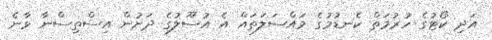
އަދި ކޯޓުގެ ހުރުމަތް ކެނޑުމުގެ މައްސަލަތައް އެ އުސޫލުގެ ދަށުން އިސްތިސްނާ ވާނެ